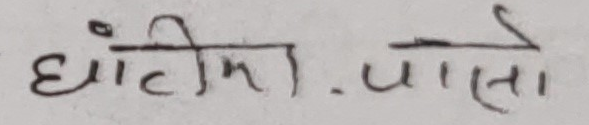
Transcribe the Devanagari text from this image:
घाँटीमा. पालो